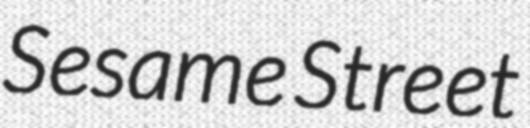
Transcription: Sesame Street